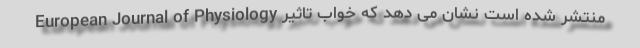
European Journal of Physiology منتشر شده است نشان می دهد که خواب تاثیر